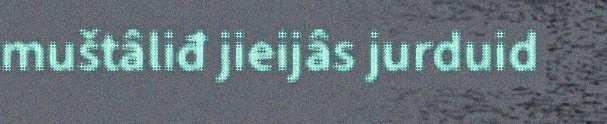
muštâliđ jieijâs jurduid